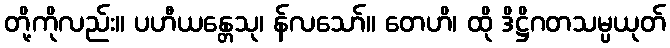
တို့ကိုလည်း။ ပဟီယန္တေသု၊ န်လသော်။ တေဟိ၊ ထို ဒိဋ္ဌိဂတသမ္ပယုတ်